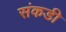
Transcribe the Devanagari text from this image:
संकडी